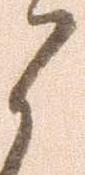
候